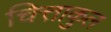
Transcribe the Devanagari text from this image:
चित्ताकुल